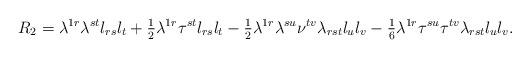
LaTeX: \begin{align*}R_2=\lambda^{1r}\lambda^{st}l_{rs}l_t+{\textstyle{1\over2}}\lambda^{1r}\tau^{st}l_{rs}l_t -{\textstyle{1\over2}}\lambda^{1r}\lambda^{su}\nu^{tv}\lambda_{rst}l_ul_v-{\textstyle{1\over 6}}\lambda^{1r}\tau^{su}\tau^{tv}\lambda_{rst}l_ul_v.\end{align*}